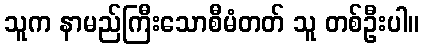
သူက နာမည်ကြီးသောစီမံတတ် သူ တစ်ဦးပါ။